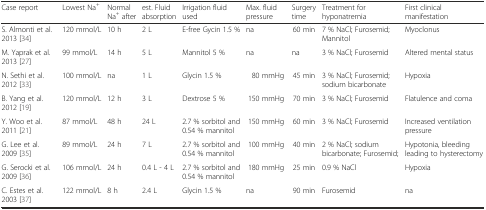
<table><thead><tr><td><b>Case report</b></td><td><b>Lowest Na<sup>+</sup></b></td><td><b>Normal Na<sup>+</sup> after</b></td><td><b>est. Fluid absorption</b></td><td><b>Irrigation fluid used</b></td><td><b>Max. fluid pressure</b></td><td><b>Surgery time</b></td><td><b>Treatment for hyponatremia</b></td><td><b>First clinical manifestation</b></td></tr></thead><tbody><tr><td>S. Almonti et al. 2013 [34]</td><td>120 mmol/L</td><td>10 h</td><td>2 L</td><td>E-free Gycin 1.5 %</td><td>na</td><td>60 min</td><td>7 % NaCl; Furosemid; Mannitol</td><td>Myoclonus</td></tr><tr><td>M. Yaprak et al. 2013 [27]</td><td>99 mmol/L</td><td>14 h</td><td>5 L</td><td>Mannitol 5 %</td><td>na</td><td>na</td><td>3 % NaCl; Furosemid</td><td>Altered mental status</td></tr><tr><td>N. Sethi et al. 2012 [33]</td><td>100 mmol/L</td><td>na</td><td>1 L</td><td>Glycin 1.5 %</td><td>80 mmHg</td><td>45 min</td><td>3 % NaCl; Furosemid; sodium bicarbonate</td><td>Hypoxia</td></tr><tr><td>B. Yang et al. 2012 [19]</td><td>120 mmol/L</td><td>12 h</td><td>3 L</td><td>Dextrose 5 %</td><td>150 mmHg</td><td>70 min</td><td>3 % NaCl; Furosemid</td><td>Flatulence and coma</td></tr><tr><td>Y. Woo et al. 2011 [21]</td><td>87 mmol/L</td><td>48 h</td><td>24 L</td><td>2.7 % sorbitol and 0.54 % mannitol</td><td>150 mmHg</td><td>60 min</td><td>3 % NaCl; Furosemid</td><td>Increased ventilation pressure</td></tr><tr><td>G. Lee et al. 2009 [35]</td><td>89 mmol/L</td><td>24 h</td><td>7 L</td><td>2.7 % sorbitol and 0.54 % mannitol</td><td>100 mmHg</td><td>40 min</td><td>2 % NaCl; sodium bicarbonate; Furosemid;</td><td>Hypotonia, bleeding leading to hysterectomy</td></tr><tr><td>G. Serocki et al. 2009 [36]</td><td>106 mmol/L</td><td>24 h</td><td>0.4 L - 4 L</td><td>2.7 % sorbitol and 0.54 % mannitol</td><td>180 mmHg</td><td>25 min</td><td>0.9 % NaCl</td><td>Hypoxia</td></tr><tr><td>C. Estes et al. 2003 [37]</td><td>122 mmol/L</td><td>8 h</td><td>2.4 L</td><td>Glycin 1.5 %</td><td>na</td><td>90 min</td><td>Furosemid</td><td>na</td></tr></tbody></table>